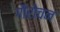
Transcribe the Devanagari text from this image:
गौरोचन